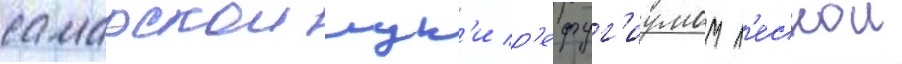
самарскои лук'и р'ефуг'иумом л'еснои